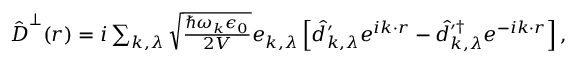
\begin{array} { r } { \hat { \boldsymbol D } ^ { \perp } ( \boldsymbol r ) = i \sum _ { \boldsymbol k , \lambda } \sqrt { \frac { \hbar \omega _ { \boldsymbol k } \epsilon _ { 0 } } { 2 V } } \boldsymbol e _ { k , \lambda } \left[ \hat { d } _ { \boldsymbol k , \lambda } ^ { \prime } e ^ { i \boldsymbol k \cdot \boldsymbol r } - \hat { d } _ { \boldsymbol k , \lambda } ^ { \prime \dagger } e ^ { - i \boldsymbol k \cdot \boldsymbol r } \right] , } \end{array}